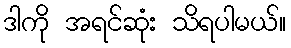
ဒါကို အရင်ဆုံး သိရပါမယ်။